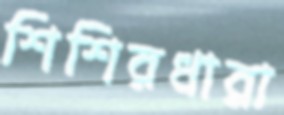
শিশিরধারা